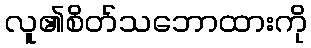
လူ၏စိတ်သဘောထားကို